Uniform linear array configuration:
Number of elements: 8
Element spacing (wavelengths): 0.5
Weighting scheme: uniform
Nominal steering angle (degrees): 45
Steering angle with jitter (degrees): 45.255
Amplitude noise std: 0.05
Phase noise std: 0.05

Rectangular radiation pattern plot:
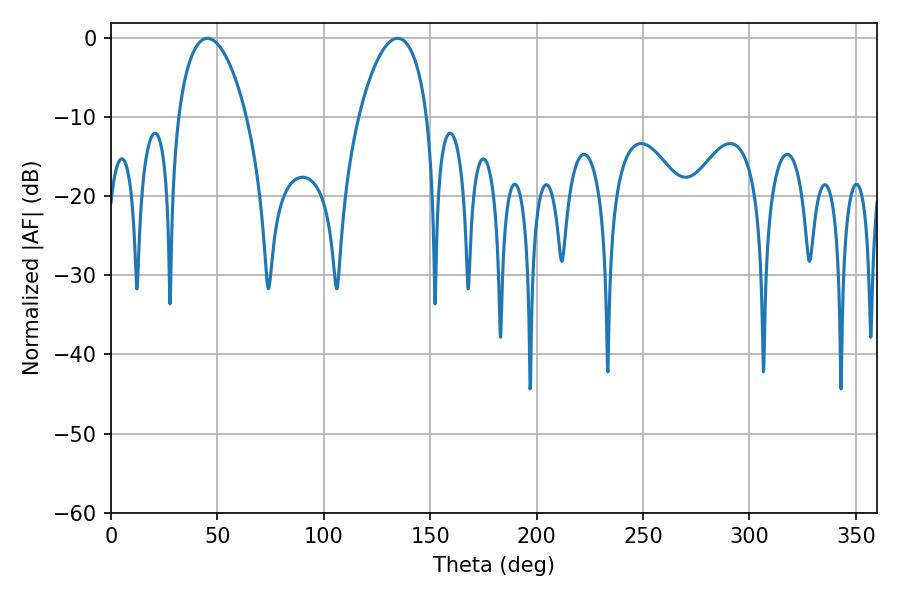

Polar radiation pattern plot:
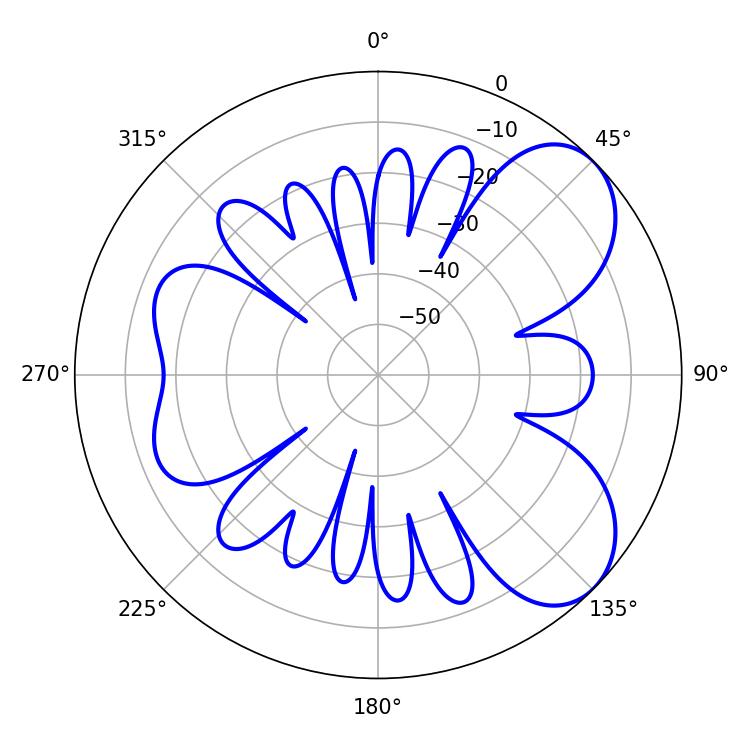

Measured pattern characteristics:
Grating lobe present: FALSE
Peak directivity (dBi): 6.497
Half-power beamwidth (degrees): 18.36
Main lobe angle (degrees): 45.36